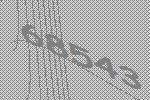
68543